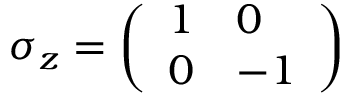
\sigma _ { z } = { \biggl ( } { \begin{array} { l l } { 1 } & { 0 } \\ { 0 } & { - 1 } \end{array} } { \biggr ) }